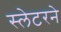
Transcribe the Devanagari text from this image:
स्लेटरने